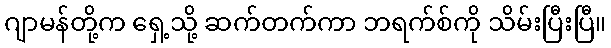
ဂျာမန်တို့က ရှေ့သို့ ဆက်တက်ကာ ဘရက်စ်ကို သိမ်းပြီးပြီ။